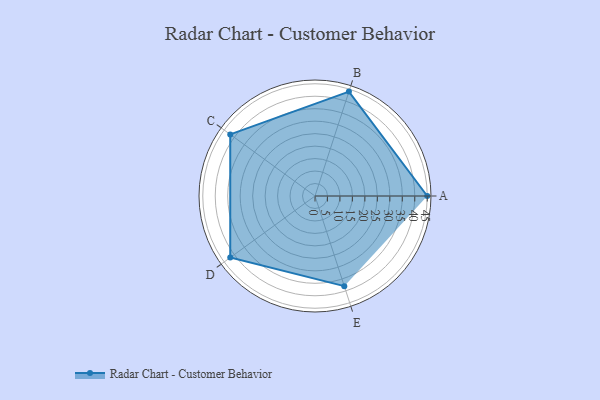
{"axis": {"x": "Skill", "y": "Score"}, "legend": ["Profile"], "data": [{"x": "A", "y": 45.0, "type": "Profile"}, {"x": "B", "y": 44.0, "type": "Profile"}, {"x": "C", "y": 42.0, "type": "Profile"}, {"x": "D", "y": 42.0, "type": "Profile"}, {"x": "E", "y": 38.0, "type": "Profile"}]}